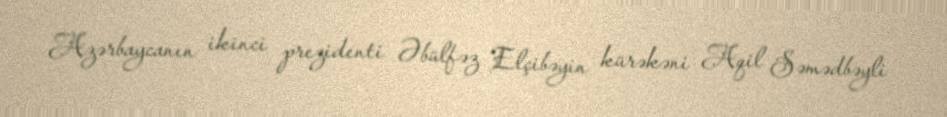
Azərbaycanın ikinci prezidenti Əbülfəz Elçibəyin kürəkəni Aqil Səmədbəyli